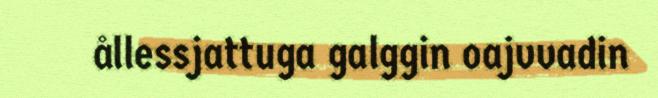
ållessjattuga galggin oajvvadin